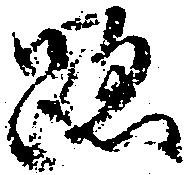
跡